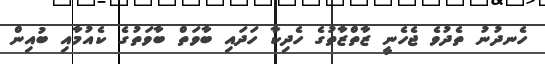
ހެނދުނު ތެދުވެ ޖެހެނީ ޒާތްޒާތުގެ ހެދިކާ ހަދައި ބާވަތް ބާވަތުގެ ކެއުމާއި ބުއިން